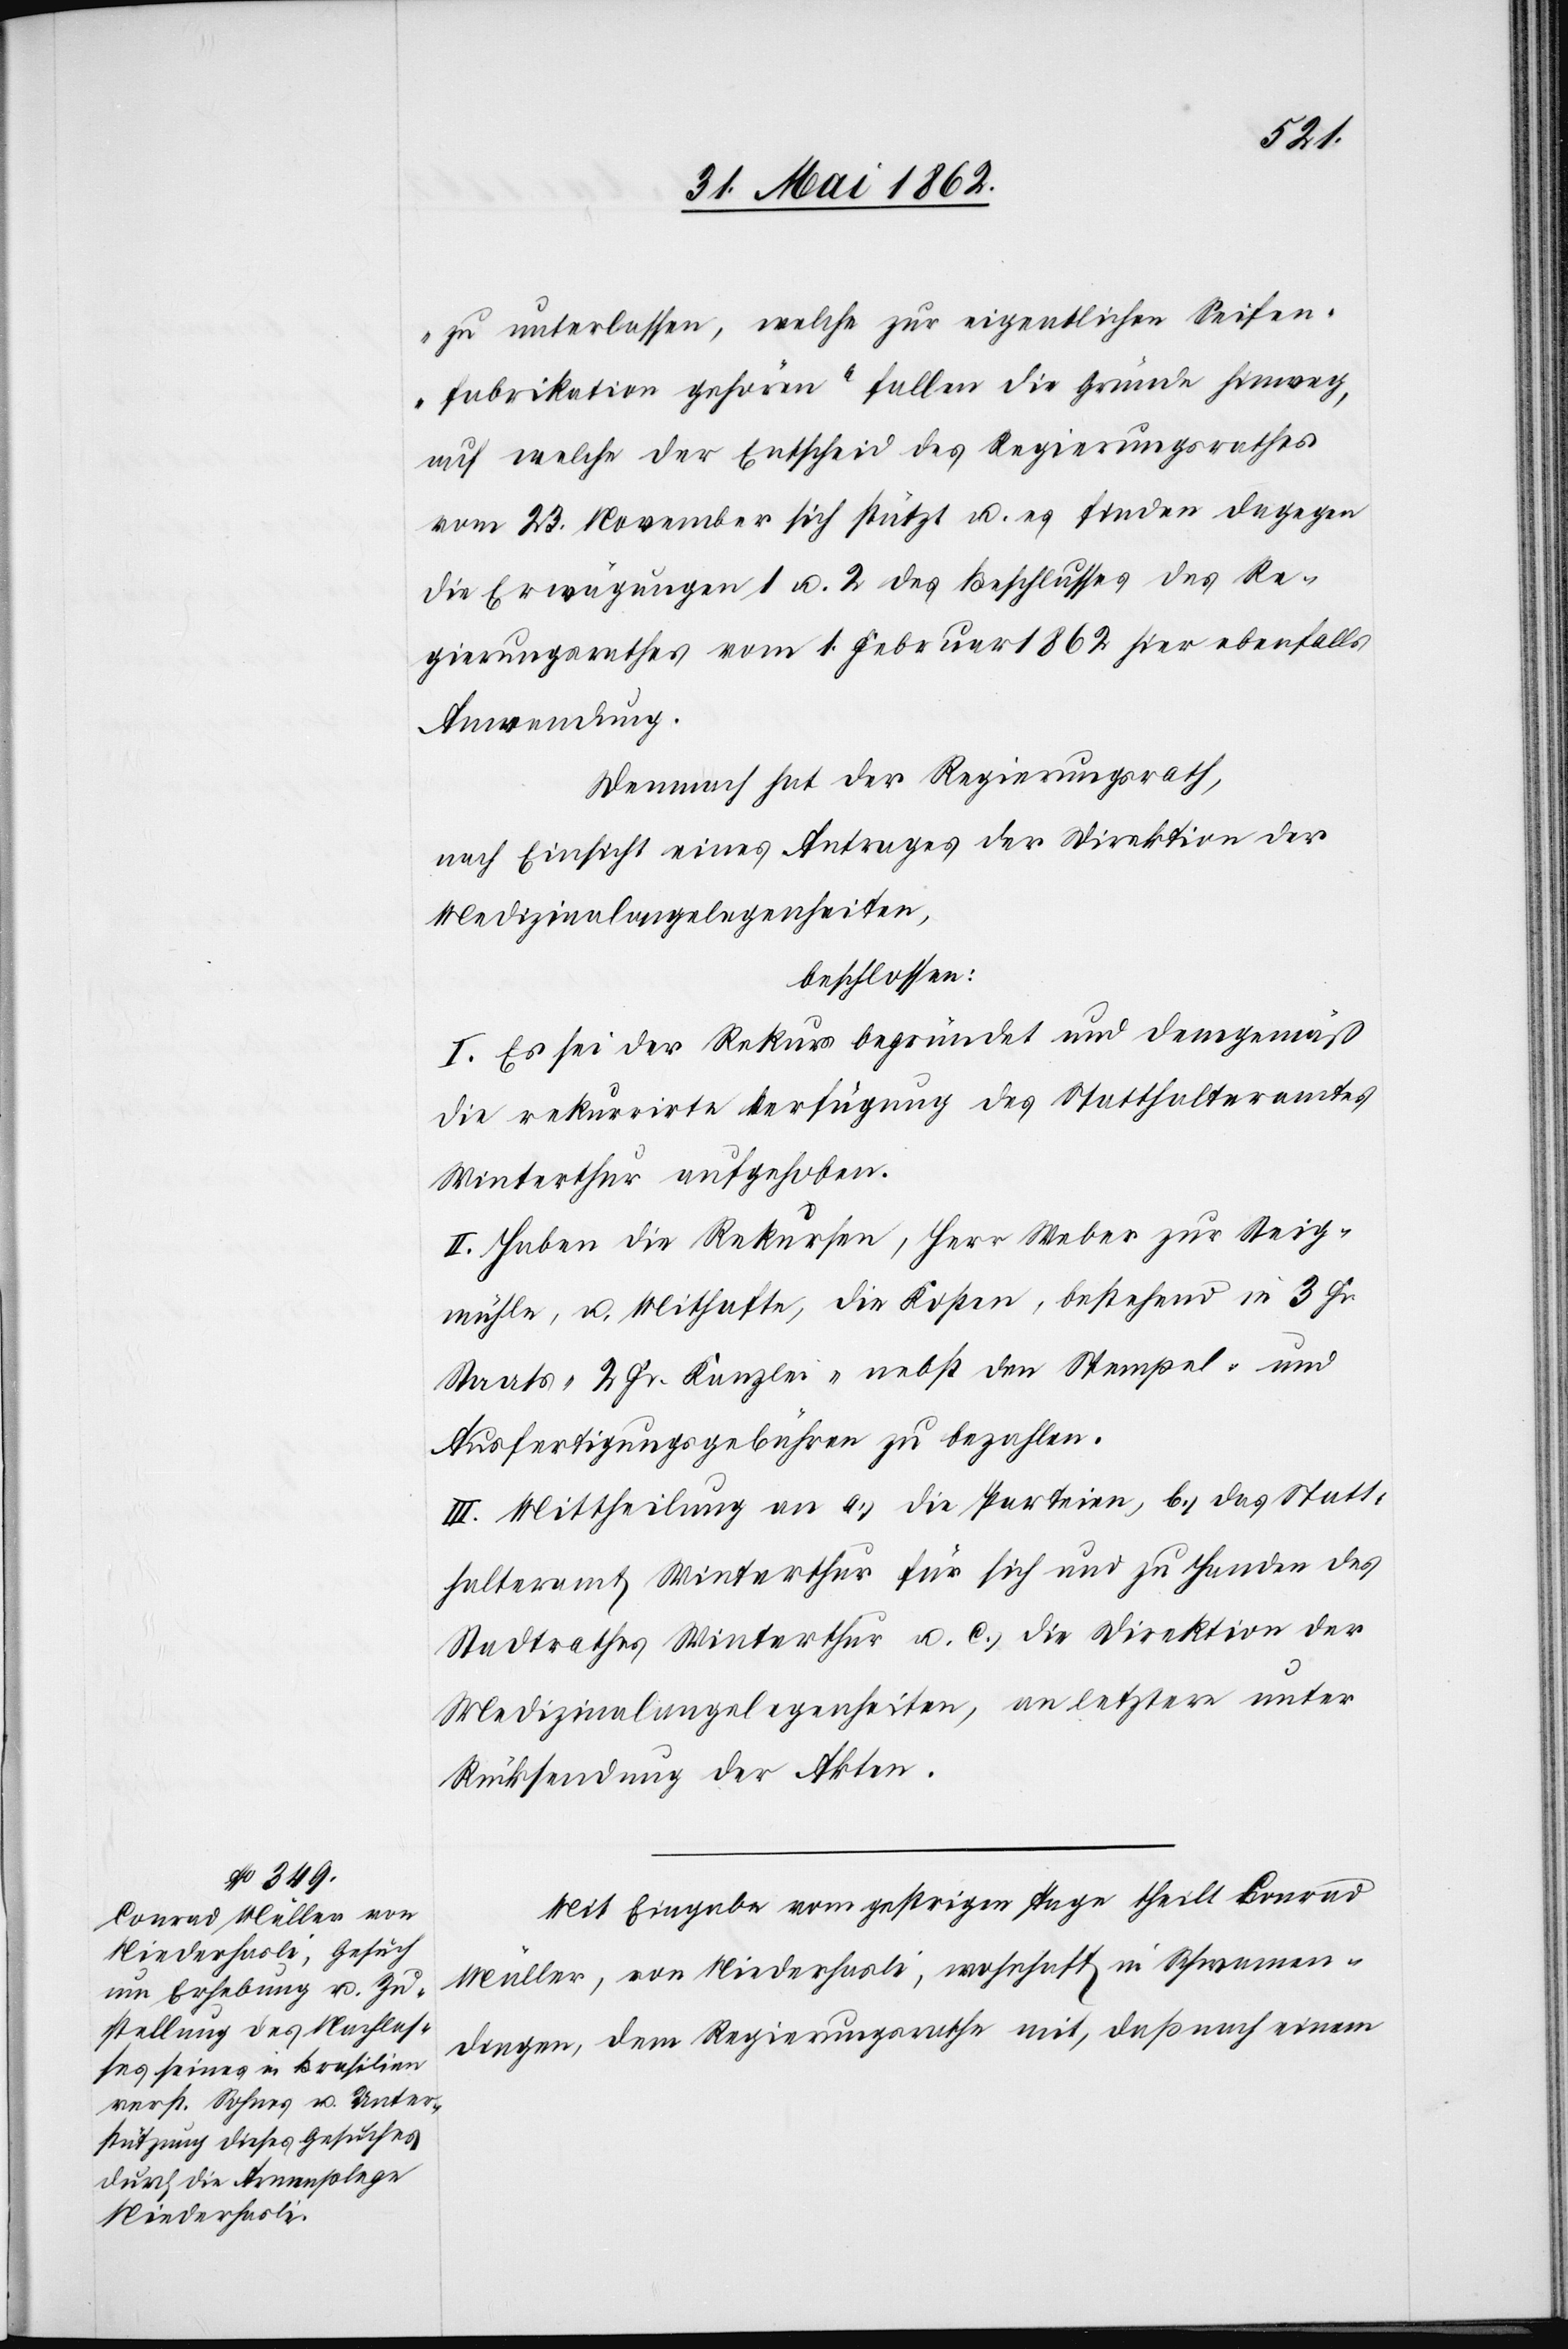
zu unterlassen, welche zur eigentlichen Seifen¬
fabrikation gehören“ fallen die Gründe hinweg,
auf welche der Entscheid des Regierungsrathes
vom 23. November sich stützt u. es finden dagegen
die Erwägungen 1 u. 2 des Beschlusses des Re¬
gierungsrathes vom 1. Februar 1862 hier ebenfalls
Anwendung.
Demnach hat der Regierungsrath,
nach Einsicht eines Antrages der Direktion der
Medizinalangelegenheiten,
beschlossen:
I. Es sei der Rekurs begründet und demgemäß
die rekurrirte Verfügung des Statthalteramtes
Winterthur aufgehoben.
II. Haben die Rekurse, Herr Weber zur Steig¬
mühle, u. Mithafte, die Kosten, bestehend in 3 Fr.
Staats-[,] 2 Fr. Kanzlei- nebst den Stempel- und
Ausfertigungsgebühren zu bezahlen.
III. Mittheilung an a) die Parteien, b) das Statt¬
halteramt Winterthur für sich und zu Handen des
Stadtrathes Winterthur u. c) die Direktion der
Medizinalangelegenheiten, an letztere unter
Rücksendung der Akten.
Mit Eingabe vom gestrigen Tage theilt Conrad
Müller, von Niederhasli, wohnhaft in Schwamen¬
dingen, dem Regierungsrathe mit, daß nach einem